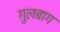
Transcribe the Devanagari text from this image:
गुलबाग